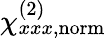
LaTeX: \chi_{xxx,\mathrm{norm}}^{(2)}